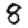
Digit: 8